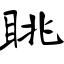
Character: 眺